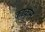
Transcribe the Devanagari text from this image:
काकूने